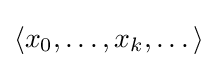
\langle x_{0},\dots ,x_{k},\dots \rangle